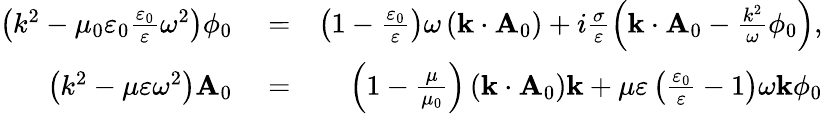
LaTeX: \begin{array}{rlr}{\left(k^{2}-\mu_{0}\varepsilon_{0}\frac{\varepsilon_{0}}{\varepsilon}\omega^{2}\right)\phi_{0}}&{{}=}&{\left(1-\frac{\varepsilon_{0}}{\varepsilon}\right)\omega\left(\mathbf{k}\cdot\mathbf{A}_{0}\right)+i\frac{\sigma}{\varepsilon}\left(\mathbf{k}\cdot\mathbf{A}_{0}-\frac{k^{2}}{\omega}\phi_{0}\right),}\\ {\left(k^{2}-\mu\varepsilon\omega^{2}\right)\mathbf{A}_{0}}&{{}=}&{\left(1-\frac{\mu}{\mu_{0}}\right)\left(\mathbf{k}\cdot\mathbf{A}_{0}\right)\mathbf{k}+\mu\varepsilon\left(\frac{\varepsilon_{0}}{\varepsilon}-1\right)\omega\mathbf{k}\phi_{0}}\end{array}